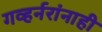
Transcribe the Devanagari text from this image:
गव्हर्नरांनाही